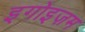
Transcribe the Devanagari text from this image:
इगोइज़म